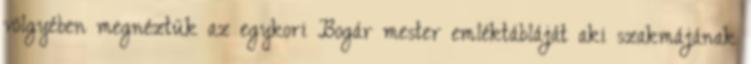
völgyében megnéztük az egykori Bogár mester emléktábláját aki szakmájának